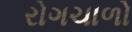
રોગચાળો